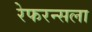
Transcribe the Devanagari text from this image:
रेफरन्सला